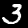
Digit: 3